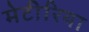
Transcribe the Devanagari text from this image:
मेटीरिया